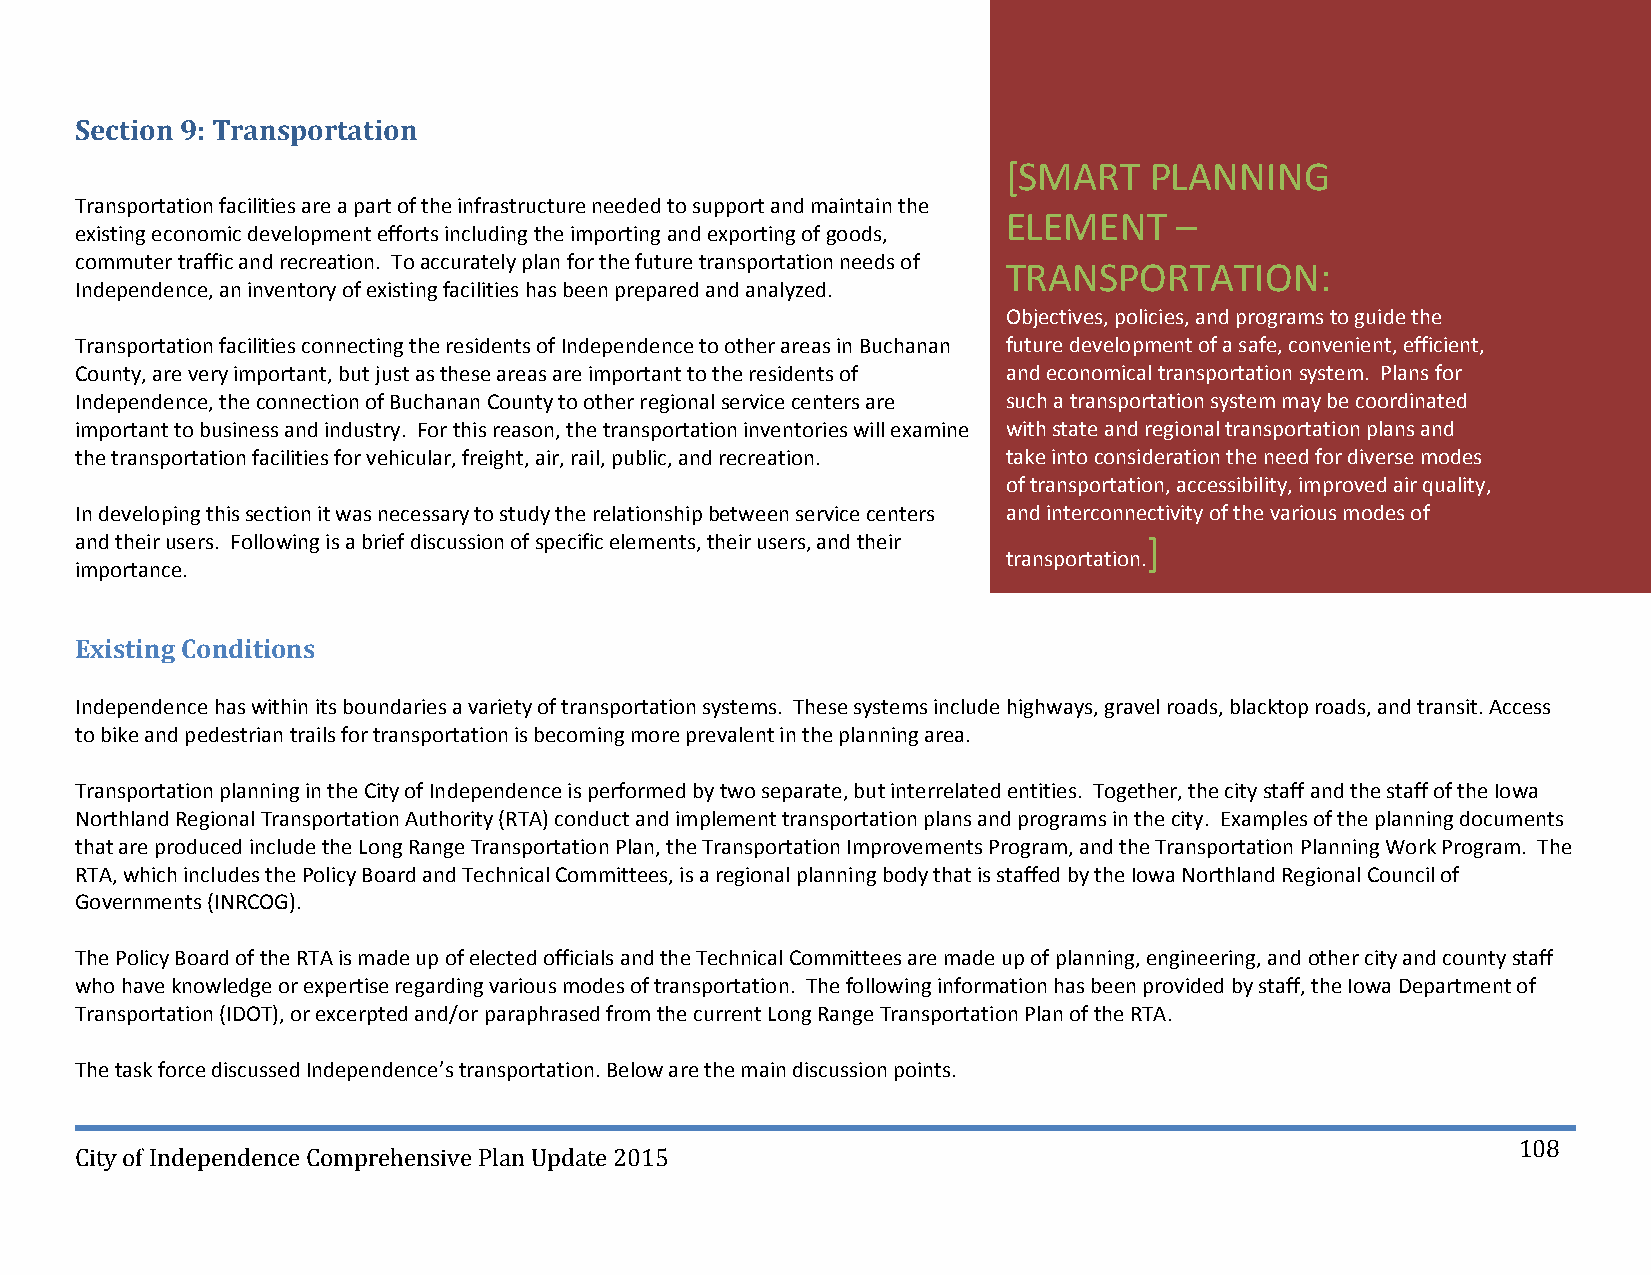
Section 9: Transportation
 [SMART   PLANNING
 Transportation facilities are a part of the infrastructure needed to support and maintain the
 ELEMENT    –
 existing economic development efforts including the importing and exporting of goods,
 commuter traffic and recreation. To accurately plan for the future transportation needs of
 TRANSPORTATION:
 Independence, an inventory of existing facilities has been prepared and analyzed.
 Objectives, policies, and programs to guide the
 Transportation facilities connecting the residents of Independence to other areas in Buchanan future development of a safe, convenient, efficient,
 County, are very important, but just as these areas are important to the residents of and economical transportation system. Plans for
 Independence, the connection of Buchanan County to other regional service centers are such a transportation system may be coordinated
 important to business and industry. For this reason, the transportation inventories will examine with state and regional transportation plans and
 the transportation facilities for vehicular, freight, air, rail, public, and recreation. take into consideration the need for diverse modes
 of transportation, accessibility, improved air quality,
 In developing this section it was necessary to study the relationship between service centers and interconnectivity of the various modes of
 and their users. Following is a brief discussion of specific elements, their users, and their ]
 transportation.
 importance.
 Existing Conditions
 Independence has within its boundaries a variety of transportation systems. These systems include highways, gravel roads, blacktop roads, and transit. Access
 to bike and pedestrian trails for transportation is becoming more prevalent in the planning area.
 Transportation planning in the City of Independence is performed by two separate, but interrelated entities. Together, the city staff and the staff of the Iowa
 Northland Regional Transportation Authority (RTA) conduct and implement transportation plans and programs in the city. Examples of the planning documents
 that are produced include the Long Range Transportation Plan, the Transportation Improvements Program, and the Transportation Planning Work Program. The
 RTA, which includes the Policy Board and Technical Committees, is a regional planning body that is staffed by the Iowa Northland Regional Council of
 Governments (INRCOG).
 The Policy Board of the RTA is made up of elected officials and the Technical Committees are made up of planning, engineering, and other city and county staff
 who have knowledge or expertise regarding various modes of transportation. The following information has been provided by staff, the Iowa Department of
 Transportation (IDOT), or excerpted and/or paraphrased from the current Long Range Transportation Plan of the RTA.
 The task force discussed Independence’s transportation. Below are the main discussion points.
 108
 City of Independence Comprehensive Plan Update 2015